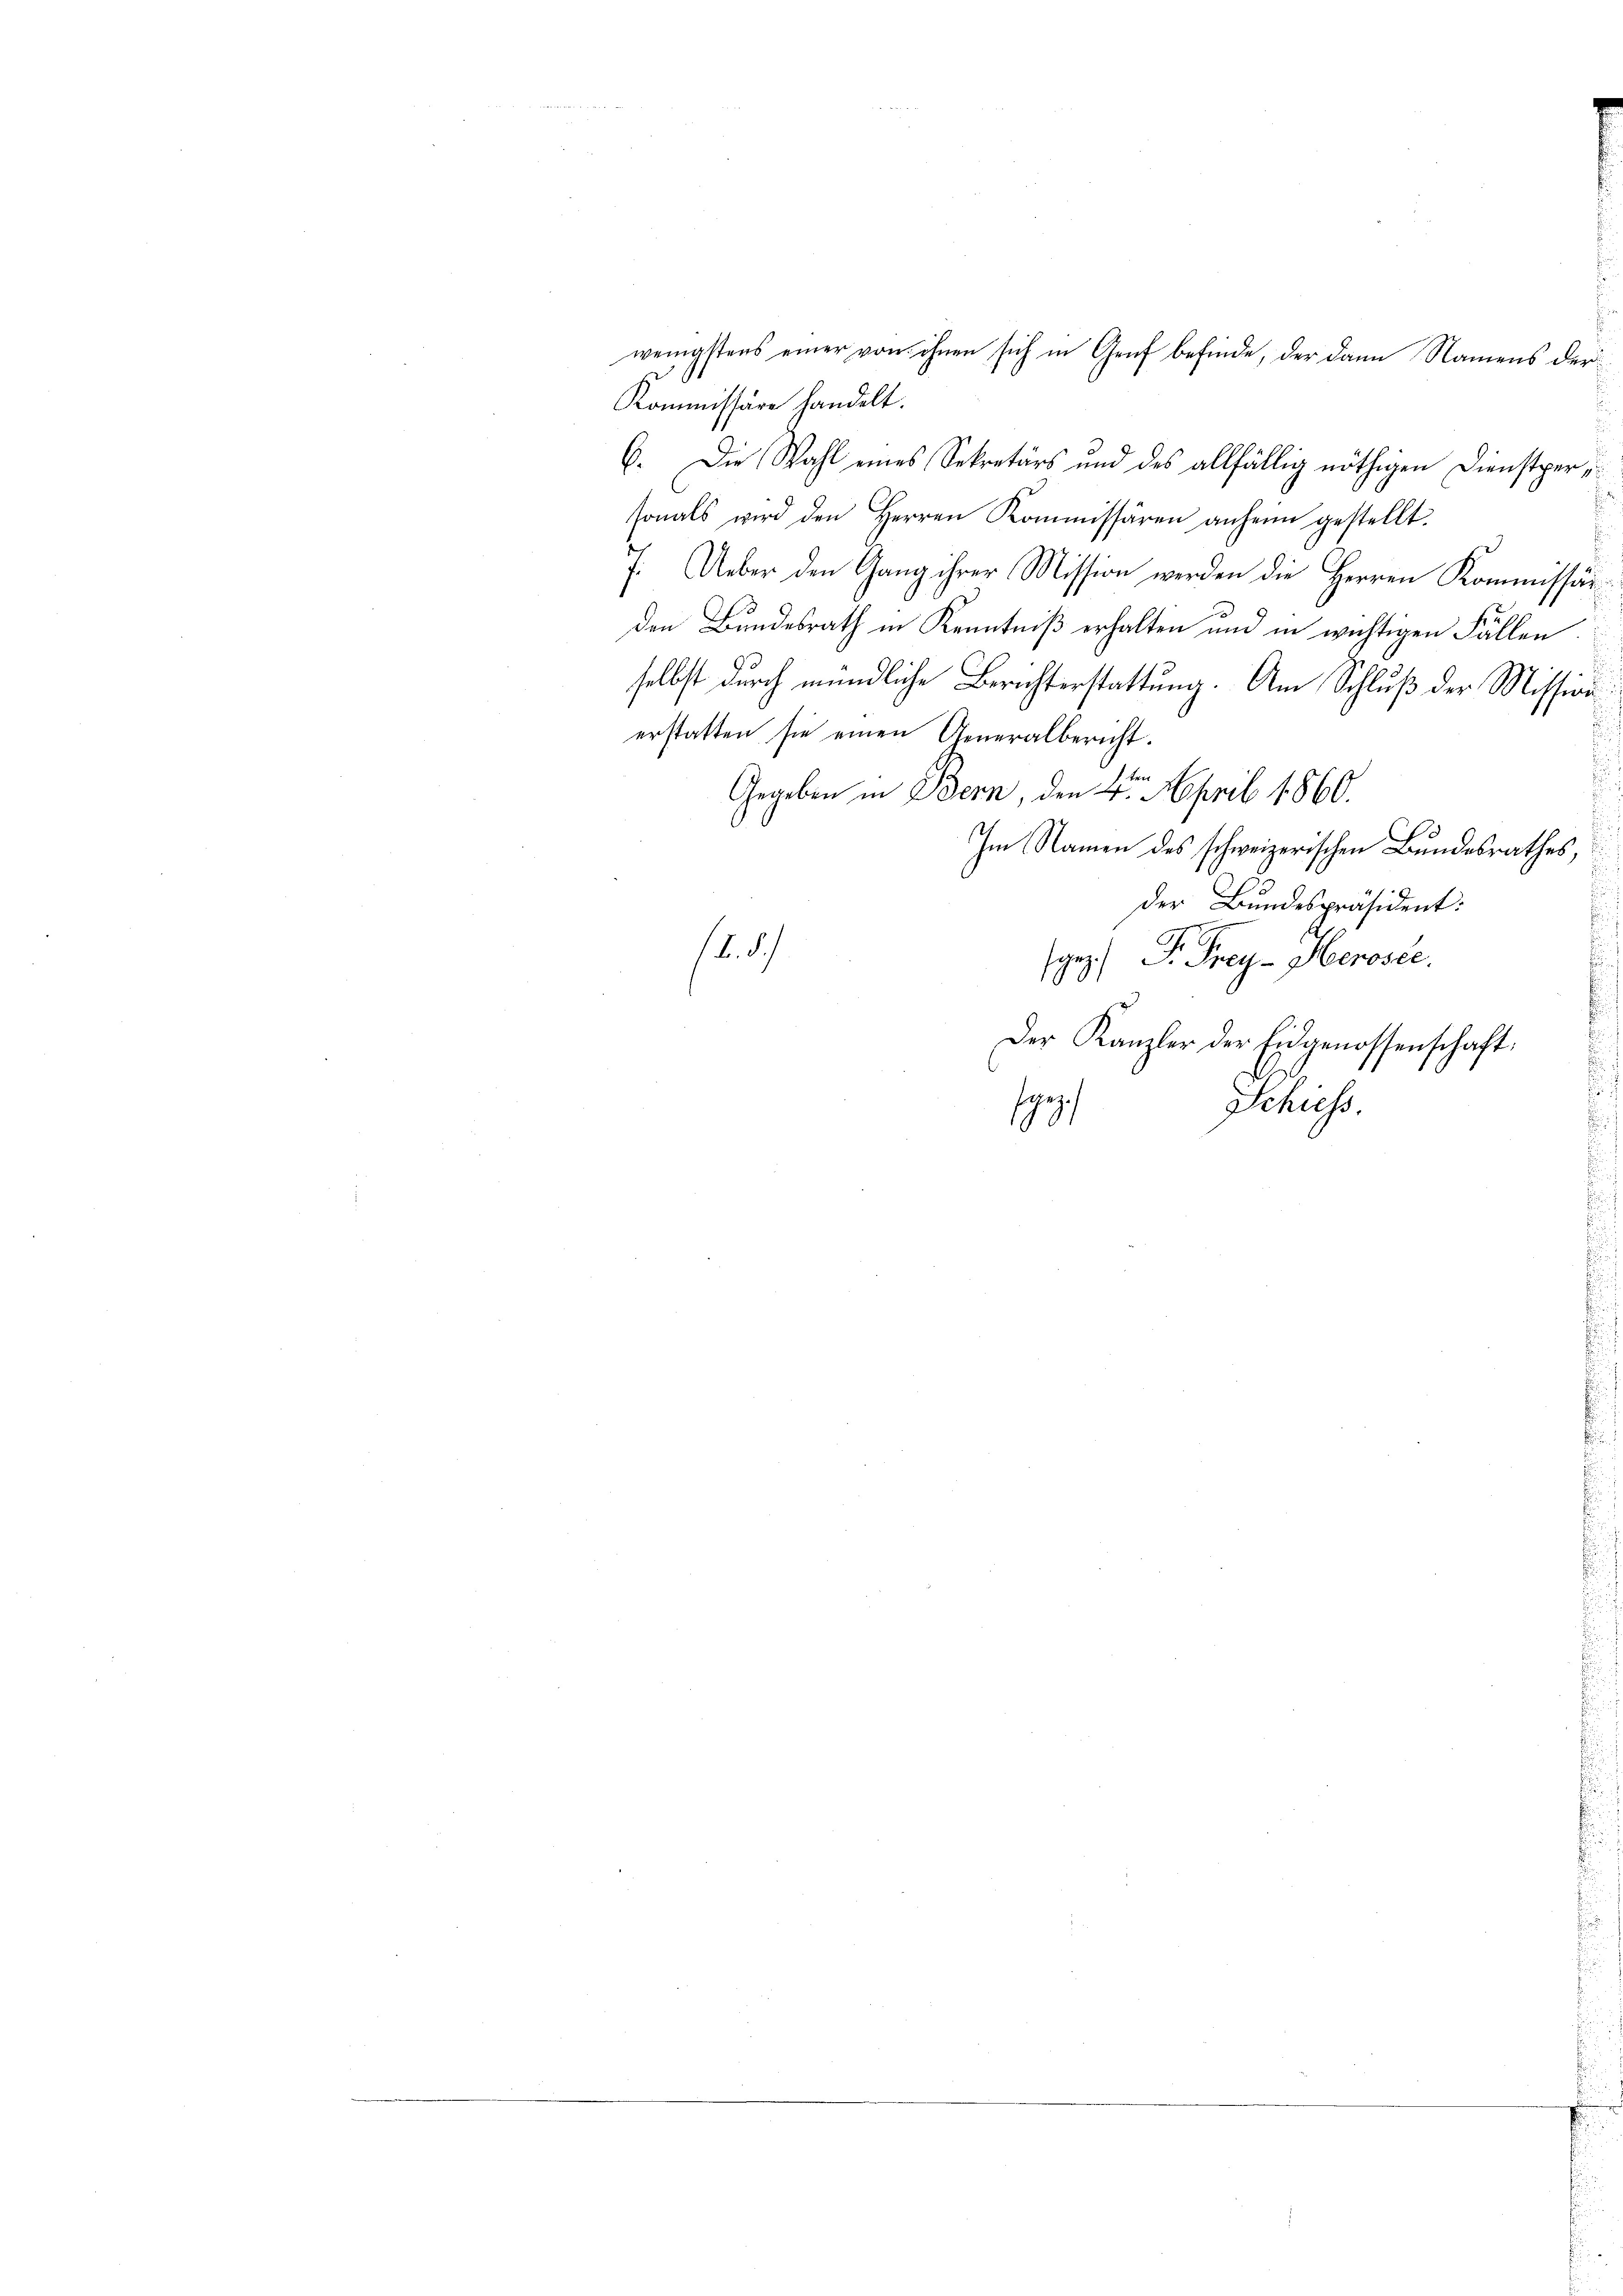
1
Kommissäre handelt.
6. Die Wahl eines Sekretärs und des allfällig nöthigen Dienstpersonals wird den Herren Kommissären anheim gestellt.
d |
f: Ueber den Gang ihrer Mission werden die Herren Kommissär
den Bundesrath in Kenntniß erhalten und in wichtigen Fällen
selbst durch mündliche Berichterstattung. Am Schluß der Mission
erstatten sie einen Generalbericht.
ter
Gegeben in Bern, den 4. April 1860.
Im Namen des schweizerischen Bundesrathes
der Bundespräsident:
2
/. dh
rez. Dr. Grey- Herosee.
Der Kanzler der Eidgenossenschaft.
ge
Schiess.

wenigstens einer von ihnen sich in Genf befinde, der dann Namens der